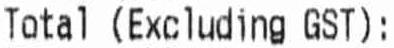
TOTAL (EXCLUDING GST):